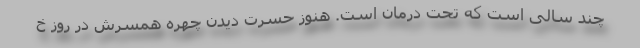
چند سالی است که تحت درمان است. هنوز حسرت دیدن چهره همسرش در روز خ